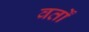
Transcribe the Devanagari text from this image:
वर्तों